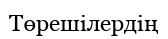
Төрешілердің